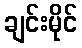
ချင်းမိုင်